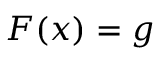
\boldsymbol { F } ( \boldsymbol { x } ) = \boldsymbol { g }